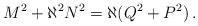
LaTeX: \begin{align*}M^{2} +\aleph^{2}N^{2}= \aleph (Q^{2}+P^{2})\, .\end{align*}